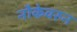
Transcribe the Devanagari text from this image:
नौकेवरुन